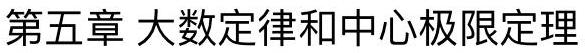
第五章 大数定律和中心极限定理